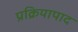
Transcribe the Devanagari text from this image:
प्रक्रियापाद